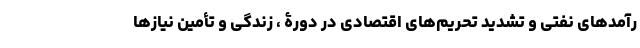
رآمدهای نفتی و تشدید تحریم‌های اقتصادی در دورۀ ، زندگی و تأمین نیازها